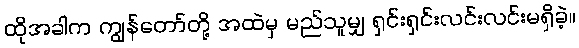
ထိုအခါက ကျွန်တော်တို့ အထဲမှ မည်သူမျှ ရှင်းရှင်းလင်းလင်းမရှိခဲ့။